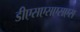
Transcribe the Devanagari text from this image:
डीएसएसएसएस